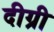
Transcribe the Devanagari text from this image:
दीग्री